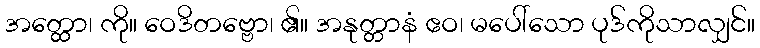
အတ္ထော၊ ကို။ ဝေဒိတဗ္ဗော၊ ၏။ အနုတ္တာနံ ဧဝ၊ မပေါ်သော ပုဒ်ကိုသာလျှင်။